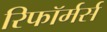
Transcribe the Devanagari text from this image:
रिफॉर्मर्स